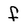
Character: f